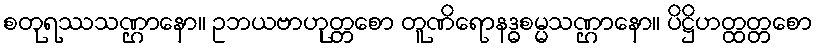
စတုရဿသဏ္ဌာနော။ ဥဘယဗာဟုတ္တစော တူဏိရောနဒ္ဓစမ္မသဏ္ဌာနော။ ပိဋ္ဌိဟတ္ထတ္တစော